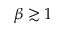
\beta \gtrsim 1